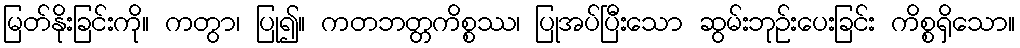
မြတ်နိုးခြင်းကို။ ကတွာ၊ ပြု၍။ ကတဘတ္တကိစ္စဿ၊ ပြုအပ်ပြီးသော ဆွမ်းဘုဉ်းပေးခြင်း ကိစ္စရှိသော။